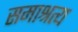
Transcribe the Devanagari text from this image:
समाश्रत्य